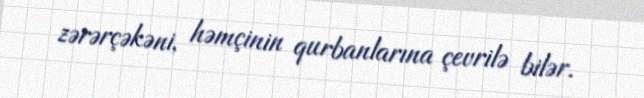
zərərçəkəni, həmçinin qurbanlarına çevrilə bilər.